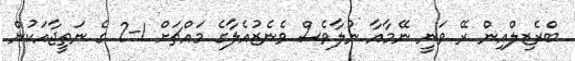
ބްރެޒިލްއިން ރޭ ވަނީ ނޭމާއާ ނުލާވެސް ވެނެޒުއެލާގެ މައްޗަށް 1-2 ގެ ނަތީޖާއަކުން